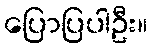
ပြောပြပါဦး။